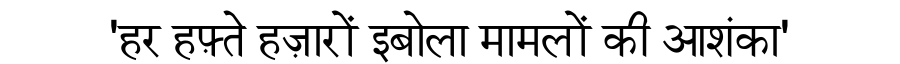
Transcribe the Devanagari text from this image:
'हर हफ़्ते हज़ारों इबोला मामलों की आशंका'